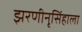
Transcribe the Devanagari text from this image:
झरणीनृसिंहाला